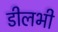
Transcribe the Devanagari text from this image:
डीलभी